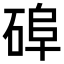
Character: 𥓭